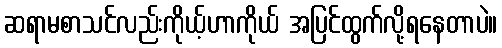
ဆရာမစာသင်လည်းကိုယ့်ဟာကိုယ် အပြင်ထွက်လို့ရနေတာပဲ။